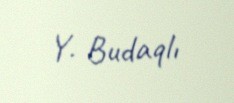
Y. Budaqlı